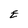
Character: E